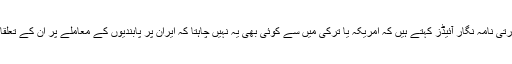
ترکی کے سفارتی نامہ نگار آئیڈز کہتے ہیں کہ امریکہ یا ترکی میں سے کوئی بھی یہ نہیں چاہتا کہ ایران پر پابندیوں کے معاملے پر ان کے تعلقات خراب ہوں۔